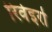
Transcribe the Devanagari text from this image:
रिवेइरो